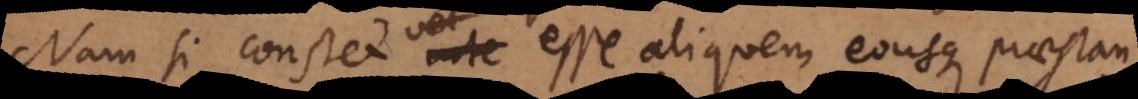
Nam si constet esse aliquem eousque praestan